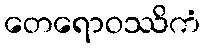
တေရောဝဿိကံ